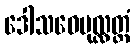
ဒေါသဝေပုလ္လတ္တံ